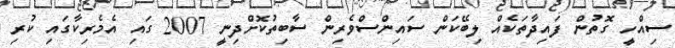
ސިއްހީ ގޮތުން ފައިދާތަކެއް ލިބޭކަން ސައިންސްވެރިން ސާބިތުކޮށްދިނީ 2007 ގައި އެމެރިކާގައި ކުރި